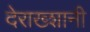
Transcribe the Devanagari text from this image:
देराख्शानी